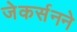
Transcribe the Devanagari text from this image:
जेकर्सनने